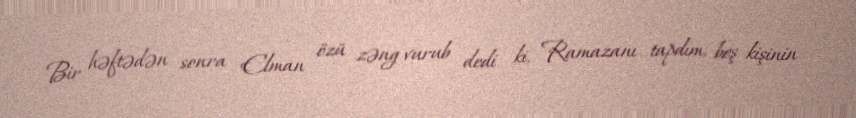
Bir həftədən sonra Elman özü zəng vurub dedi ki, Ramazanı tapdım, beş kişinin